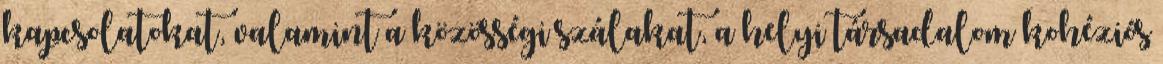
kapcsolatokat, valamint a közösségi szálakat, a helyi társadalom kohéziós